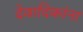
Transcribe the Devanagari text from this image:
देवादिकांना